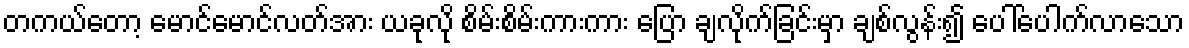
တကယ်တော့ မောင်မောင်လတ်အား ယခုလို စိမ်းစိမ်းကားကား ပြော ချလိုက်ခြင်းမှာ ချစ်လွန်း၍ ပေါ်ပေါက်လာသော